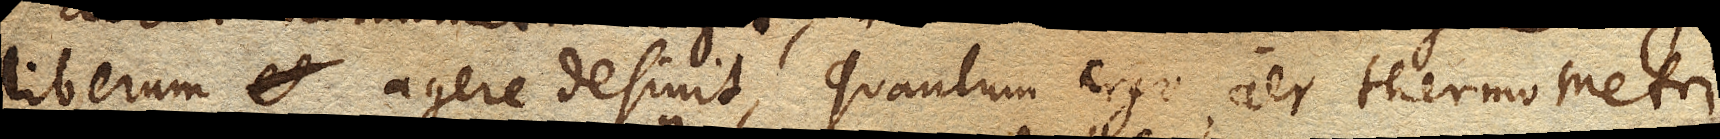
liberum agere desinit, quantum ergo aer thermometri